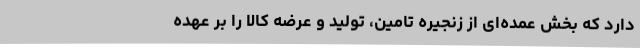
دارد که بخش عمده‌ای از زنجیره تامین، تولید و عرضه کالا را بر عهده